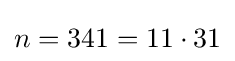
n=341=11\cdot 31